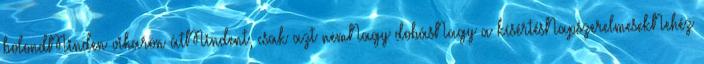
bolondMinden viharon átMindent, csak azt nemNagy dobásNagy a kísértésNapszerelmesekNehéz